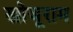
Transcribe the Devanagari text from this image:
खोजूराम